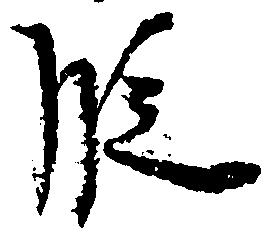
段